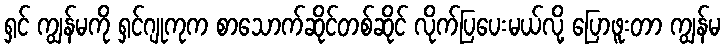
ရှင် ကျွန်မကို ရှင်ဂျုကုက စာသောက်ဆိုင်တစ်ဆိုင် လိုက်ပြပေးမယ်လို့ ပြောဖူးတာ ကျွန်မ